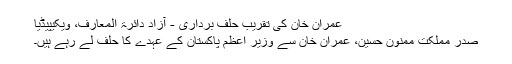
عمران خان کی تقریب حلف برداری - آزاد دائرۃ المعارف، ویکیپیڈیا
صدر مملکت ممنون حسین، عمران خان سے وزیر اعظم پاکستان کے عہدے کا حلف لے رہے ہیں۔